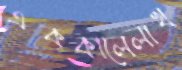
এককালেলাখ